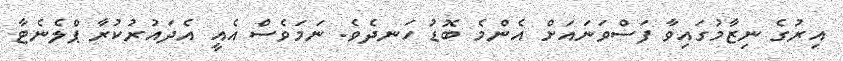
އިރުގެ ނިޒާމުގައިވާ ފަސްވަނައަށް އެންމެ ބޮޑު ހަނދެވެ. ނަމަވެސް އެއީ އެދައުރުކުރާ ޕްލެނެޓާ